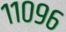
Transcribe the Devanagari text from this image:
११०९६